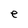
Character: e